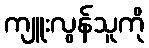
ကျူးလွန်သူကို